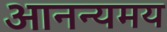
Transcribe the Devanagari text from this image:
आनन्यमय